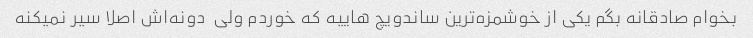
بخوام صادقانه بگم یکی از خوشمزه‌ترین ساندویچ هاییه که خوردم ولی  دونه‌اش اصلا سیر نمیکنه